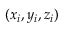
( x _ { i } , y _ { i } , z _ { i } )